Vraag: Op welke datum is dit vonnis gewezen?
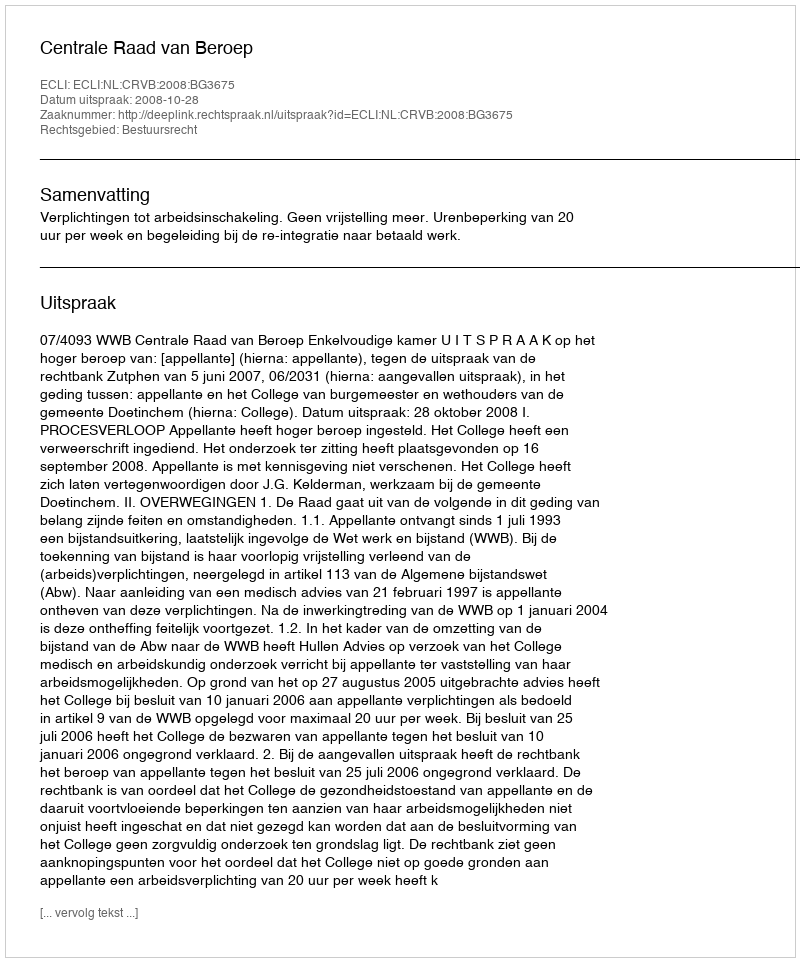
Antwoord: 2008-10-28